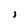
Character: j